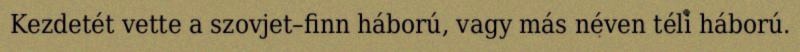
Kezdetét vette a szovjet–finn háború, vagy más néven téli háború.